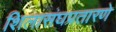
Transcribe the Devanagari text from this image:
शिलासंघप्रतारणे